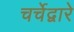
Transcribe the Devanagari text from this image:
चर्चेद्वारे